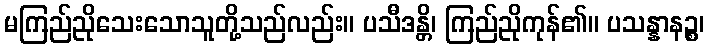
မကြည်ညိုသေးသောသူတို့သည်လည်း။ ပသီဒန္တိ၊ ကြည်ညိုကုန်၏။ ပသန္နာနဉ္စ၊